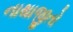
નાથાજીતો